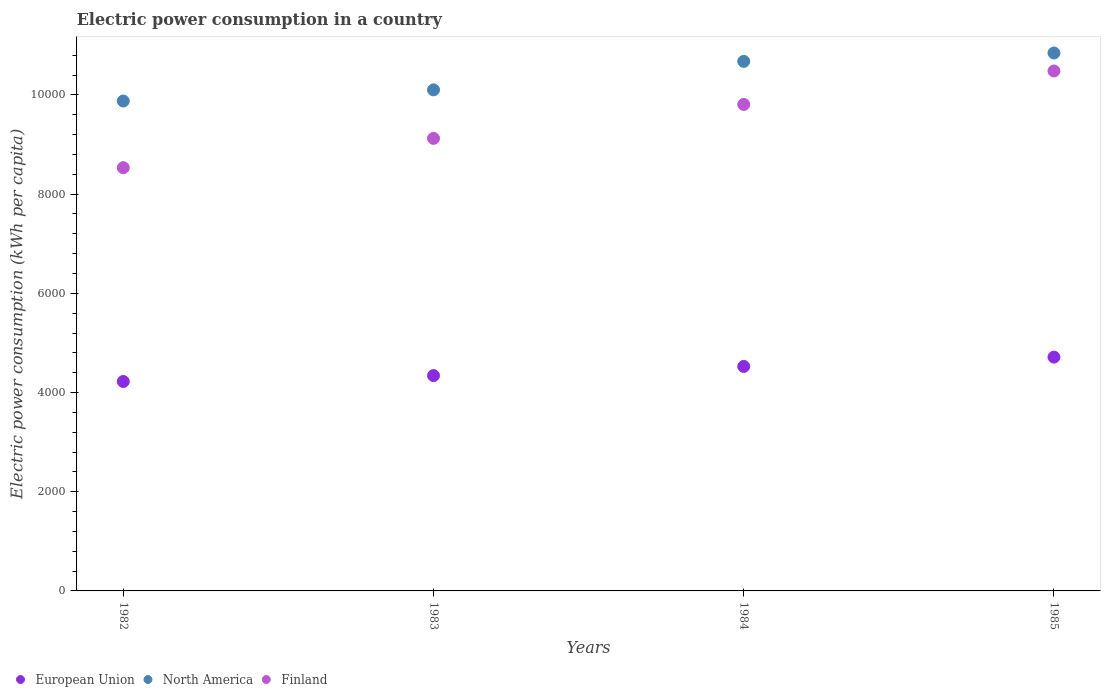
| Years | European Union | North America | Finland |
 | --- | --- | --- | --- |
 | 1982 | 4.22e+03 | 9.88e+03 | 8.53e+03 |
 | 1983 | 4.34e+03 | 1.01e+04 | 9.12e+03 |
 | 1984 | 4.53e+03 | 1.07e+04 | 9.81e+03 |
 | 1985 | 4.71e+03 | 1.08e+04 | 1.05e+04 |